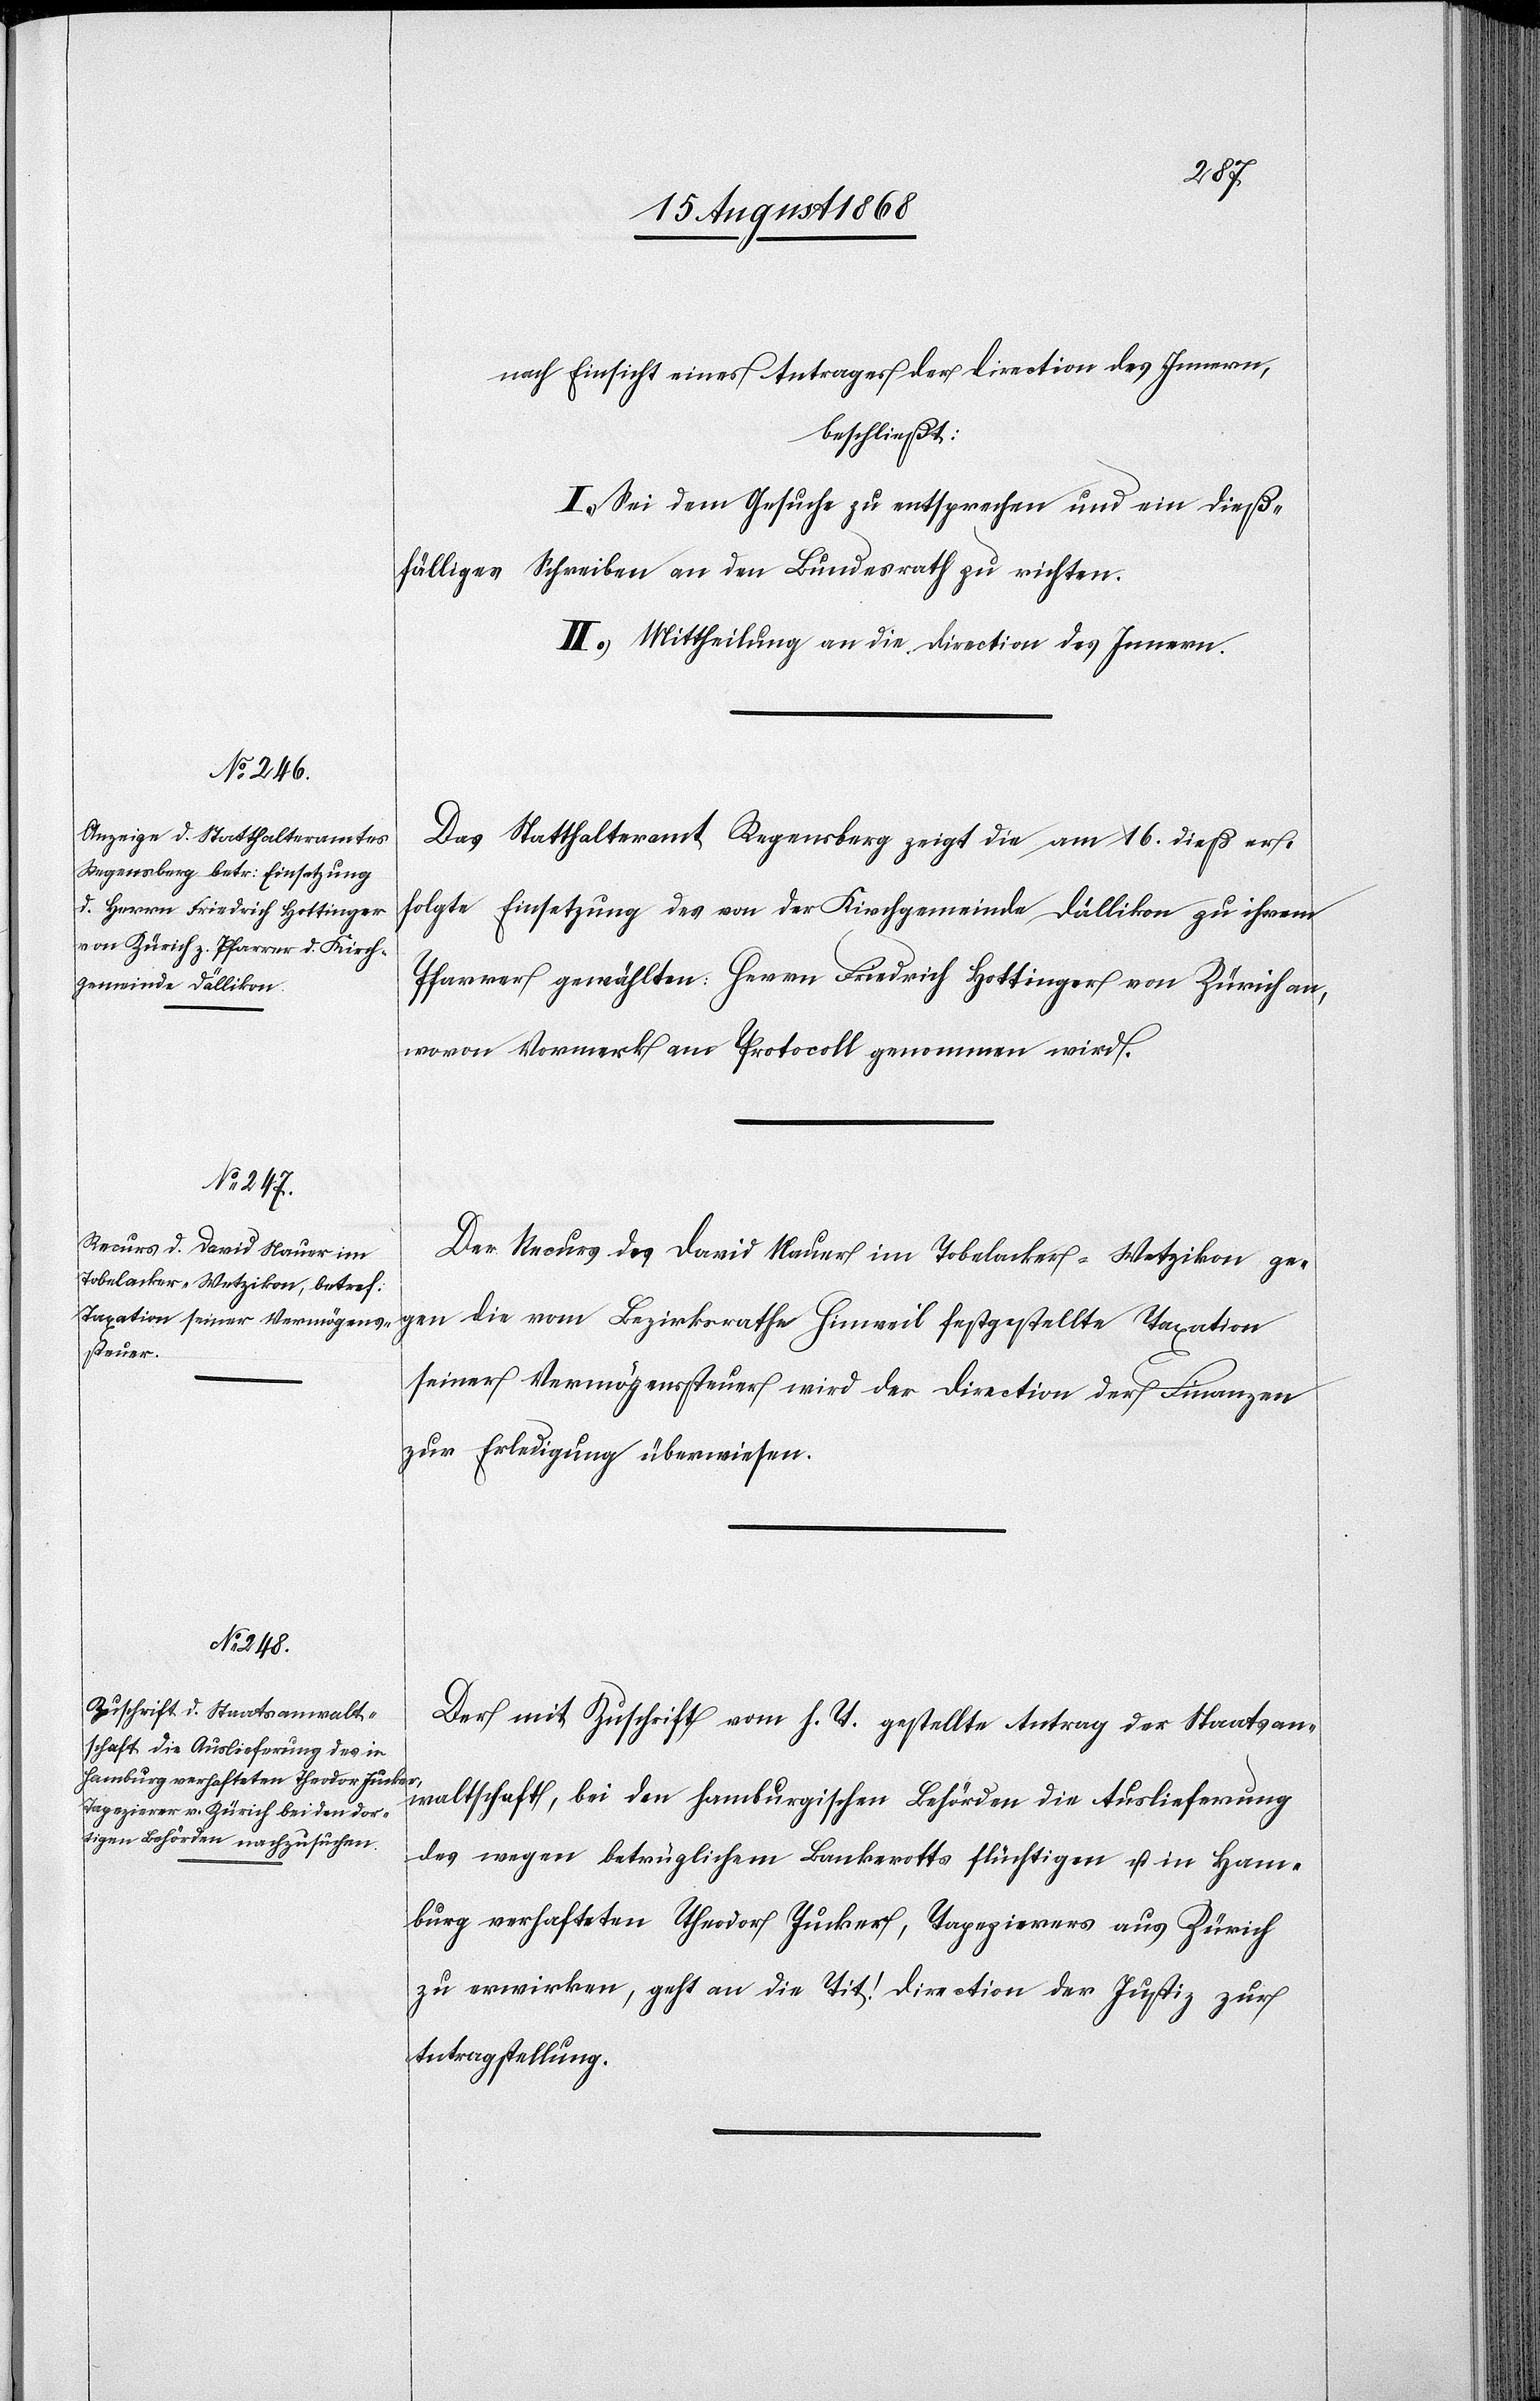
19. August 1868]
nach Einsicht eines Antrages der Direction des Innern,
beschließt:
I.) Sei dem Gesuche zu entsprechen und ein dieß¬
fälliges Schreiben an den Bundesrath zu richten.
II.) Mittheilung an die Direction des Innern.
Das Statthalteramt Regensberg zeigt die am 16. dieß er¬
folgte Einsetzung des von der Kirchgemeinde Dällikon zu ihrem
Pfarrer gewählten: Herrn Friedrich Hottinger von Zürich an,
wovon Vormerk am Protocoll genommen wird.
Der Recurs des David Nauer im Tobelacker - Wetzikon gegen
seiner Vermögenssteuer wird der Direction der Finanzen
zur Erledigung überwiesen.
Der mit Zuschrift vom h. T. gestellte Antrag der Staatsan¬
waltschaft, bei den hamburgischen Behörden die Auslieferung
des wegen betrüglichem Bankerotts flüchtigen u. in Ham¬
burg verhafteten Theodor Jucker, Tapezierers aus Zürich
zu erwirken, geht an die Tit! Direction der Justiz zur
Antragstellung.